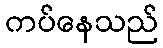
ကပ်နေသည်